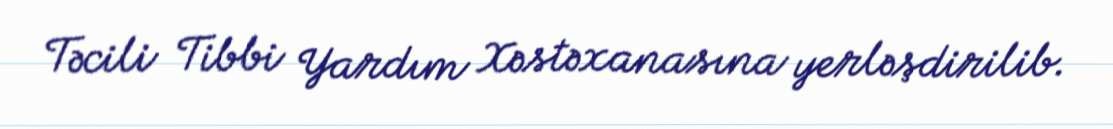
Təcili Tibbi Yardım Xəstəxanasına yerləşdirilib.